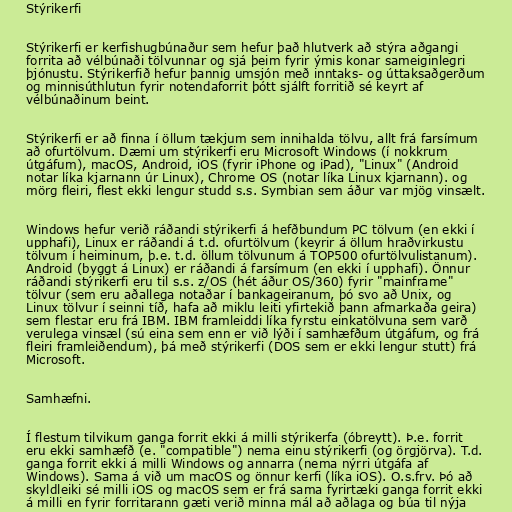
Stýrikerfi

Stýrikerfi er kerfishugbúnaður sem hefur það hlutverk að stýra aðgangi
forrita að vélbúnaði tölvunnar og sjá þeim fyrir ýmis konar sameiginlegri
þjónustu. Stýrikerfið hefur þannig umsjón með inntaks- og úttaksaðgerðum
og minnisúthlutun fyrir notendaforrit þótt sjálft forritið sé keyrt af
vélbúnaðinum beint.

Stýrikerfi er að finna í öllum tækjum sem innihalda tölvu, allt frá farsímum
að ofurtölvum. Dæmi um stýrikerfi eru Microsoft Windows (í nokkrum
útgáfum), macOS, Android, iOS (fyrir iPhone og iPad), "Linux" (Android
notar líka kjarnann úr Linux), Chrome OS (notar líka Linux kjarnann). og
mörg fleiri, flest ekki lengur studd s.s. Symbian sem áður var mjög vinsælt.

Windows hefur verið ráðandi stýrikerfi á hefðbundum PC tölvum (en ekki í
upphafi), Linux er ráðandi á t.d. ofurtölvum (keyrir á öllum hraðvirkustu
tölvum í heiminum, þ.e. t.d. öllum tölvunum á TOP500 ofurtölvulistanum).
Android (byggt á Linux) er ráðandi á farsímum (en ekki í upphafi). Önnur
ráðandi stýrikerfi eru til s.s. z/OS (hét áður OS/360) fyrir "mainframe"
tölvur (sem eru aðallega notaðar í bankageiranum, þó svo að Unix, og
Linux tölvur í seinni tíð, hafa að miklu leiti yfirtekið þann afmarkaða geira)
sem flestar eru frá IBM. IBM framleiddi líka fyrstu einkatölvuna sem varð
verulega vinsæl (sú eina sem enn er við lýði í samhæfðum útgáfum, og frá
fleiri framleiðendum), þá með stýrikerfi (DOS sem er ekki lengur stutt) frá
Microsoft.

Samhæfni.

Í flestum tilvikum ganga forrit ekki á milli stýrikerfa (óbreytt). Þ.e. forrit
eru ekki samhæfð (e. "compatible") nema einu stýrikerfi (og örgjörva). T.d.
ganga forrit ekki á milli Windows og annarra (nema nýrri útgáfa af
Windows). Sama á við um macOS og önnur kerfi (líka iOS). O.s.frv. Þó að
skyldleiki sé milli iOS og macOS sem er frá sama fyrirtæki ganga forrit ekki
á milli en fyrir forritarann gæti verið minna mál að aðlaga og búa til nýja